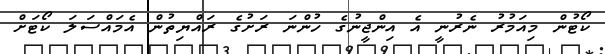
ކޯޓުން މިއަމުރު ނެރުނީ އެ އިންޖީނުގެ ހުންނަ ރަށުގެ ރައްޔިތުން އެމައްސަލަ ކޯޓަށް